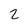
Character: 2